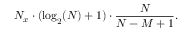
N _ { x } \cdot ( \log _ { 2 } ( N ) + 1 ) \cdot { \frac { N } { N - M + 1 } } .